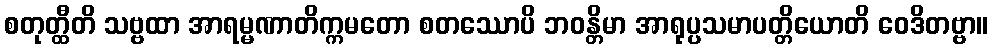
စတုတ္ထီတိ သဗ္ဗထာ အာရမ္မဏာတိက္ကမတော စတဿောပိ ဘဝန္တိမာ အာရုပ္ပသမာပတ္တိယောတိ ဝေဒိတဗ္ဗာ။